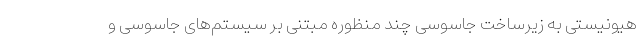
هیونیستی به زیرساخت جاسوسی چند منظوره مبتنی بر سیستم‌های جاسوسی و